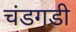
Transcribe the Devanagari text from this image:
चंडगडी